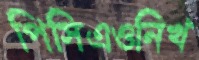
পিসিএওনিখ